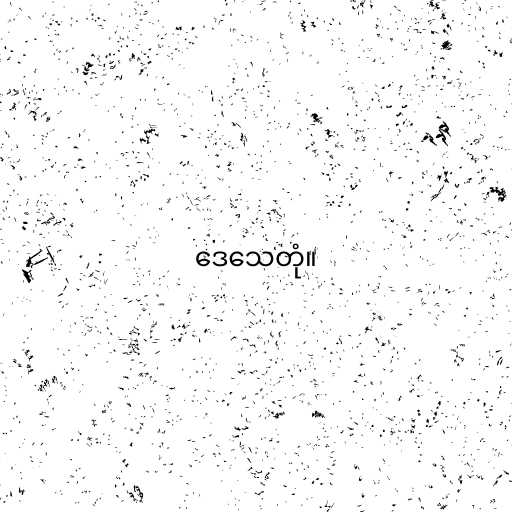
ဒေသေတုံ။